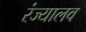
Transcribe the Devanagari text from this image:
रंज्यालव